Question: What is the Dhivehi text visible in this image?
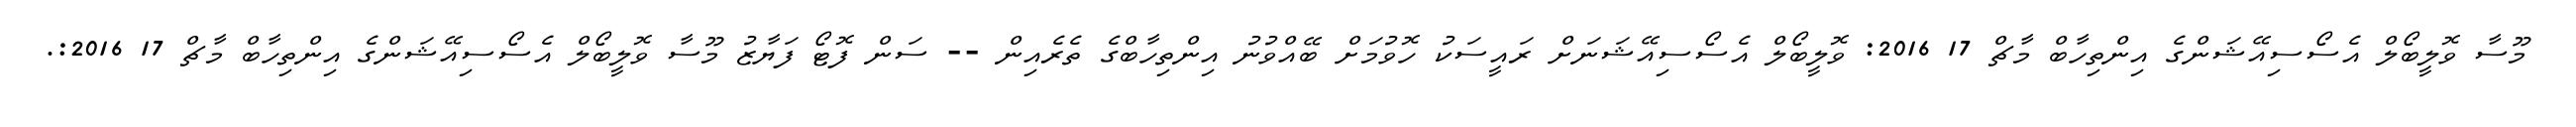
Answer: މޫސާ ވޮލީބޯލް އެސޯސިއޭޝަންގެ އިންތިހާބް މާޗް 17 2016: ވޮލީބޯލް އެސޯސިއޭޝަނަށް ރައީސަކު ހޮވުމަށް ބޭއްވުނު އިންތިހާބްގެ ތެރެއިން -- ސަން ފޮޓޯ ފަޔާޒު މޫސާ ވޮލީބޯލް އެސޯސިއޭޝަންގެ އިންތިހާބް މާޗް 17 2016:.